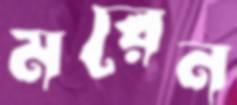
মরেন